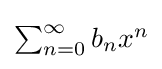
{\textstyle \sum _{n=0}^{\infty }b_{n}x^{n}}